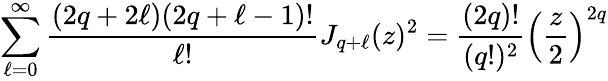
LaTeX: \sum_{\ell=0}^{\infty}\frac{(2q+2\ell)(2q+\ell-1)!}{\ell!}J_{q+\ell}(z)^{2}=\frac{(2q)!}{(q!)^{2}}\left(\frac{z}{2}\right)^{2q}